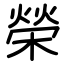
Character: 榮